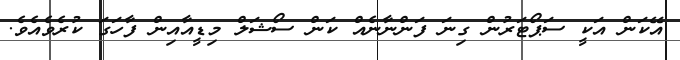
އޭކަން އަކީ ސަޕޯޓަރުން ގިނަ ފަންނާނެއް ކަން ސޯޝަލް މިޑީއާއިން ފާހަގަ ކުރެވެއެވެ.